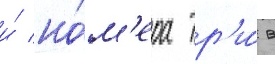
и́ но́м'ера тр'и́ в